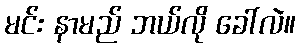
မင်း နာမည် ဘယ်လို ခေါ်လဲ။